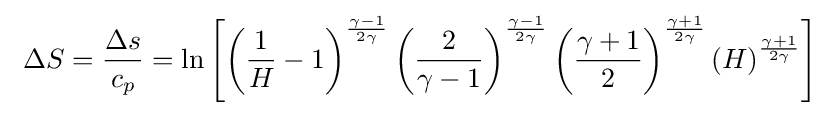
\ \Delta S={\frac {\Delta s}{c_{p}}}=\ln \left[\left({\frac {1}{H}}-1\right)^{\frac {\gamma -1}{2\gamma }}\left({\frac {2}{\gamma -1}}\right)^{\frac {\gamma -1}{2\gamma }}\left({\frac {\gamma +1}{2}}\right)^{\frac {\gamma +1}{2\gamma }}\left(H\right)^{\frac {\gamma +1}{2\gamma }}\right]